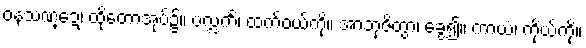
ဝနသဏ္ဍေ၊ ထိုတောအုပ်၌။ ပလ္လင်္ကံ၊ ထက်ဝယ်ကို။ အာဘုဇိတွာ၊ ခွေ၍။ ကာယံ၊ ကိုယ်ကို။